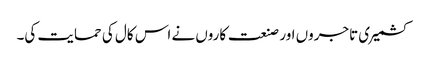
کشمیری تاجروں اور صنعت کاروں نے اس کال کی حمایت کی۔